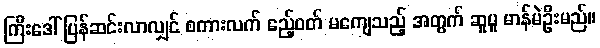
ကြီးဒေါ် ပြန်ဆင်းလာလျှင် စကားလက် ဧည့်ဝတ် မကျေသည့် အတွက် ဆူပူ မာန်မဲဦးမည်။